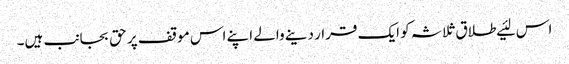
اس لئیے طلاق ثلاثہ کو ایک قرار دینے والے اپنے اس موقف پر حق بجانب ہیں۔